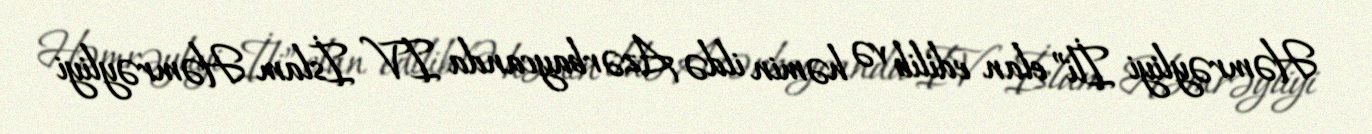
Həmrəyliyi İli” elan edilib və həmin ildə Azərbaycanda IV İslam Həmrəyliyi